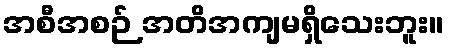
အစီအစဉ် အတိအကျမရှိသေးဘူး။